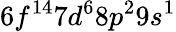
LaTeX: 6f^{14}7d^{6}8p^{2}9s^{1}